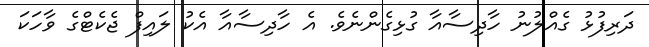
ދަރިފުޅު ގެއްލުނު ހާދިސާއާ ގުޅިގެންނެވެ. އެ ހާދިސާއާ އެކު ލައިފް ޖެކެޓްގެ ވާހަކަ